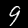
Digit: 9